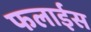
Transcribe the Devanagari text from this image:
फलाईस